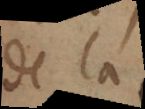
de la